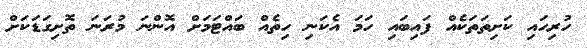
ހުރިހައި ކަށިތަތަކެއް ފައިބައި ހަމަ އެކަނި ހިތެއް ބައްޓަމަށް އޮންނަ މުރަނަ ތޮށިގަޑަކަށް